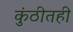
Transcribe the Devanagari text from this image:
कुंठीतही